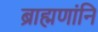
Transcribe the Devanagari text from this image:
ब्राह्मणांनि